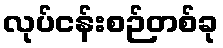
လုပ်ငန်းစဉ်တစ်ခု